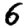
Digit: 6